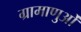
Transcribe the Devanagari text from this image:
ग्रामाणुओं